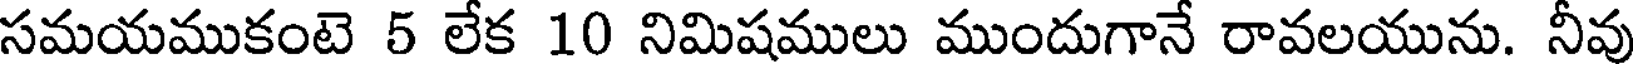
సమయముకంటె 5 లేక 10 నిమిషములు ముందుగానే రావలయును. నీవు